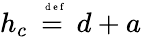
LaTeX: h_{c}\stackrel{\mathrm{~\tiny~{~d~e~f~}~}}{=}d+a